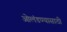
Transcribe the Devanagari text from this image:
ओलंडण्यासाठी